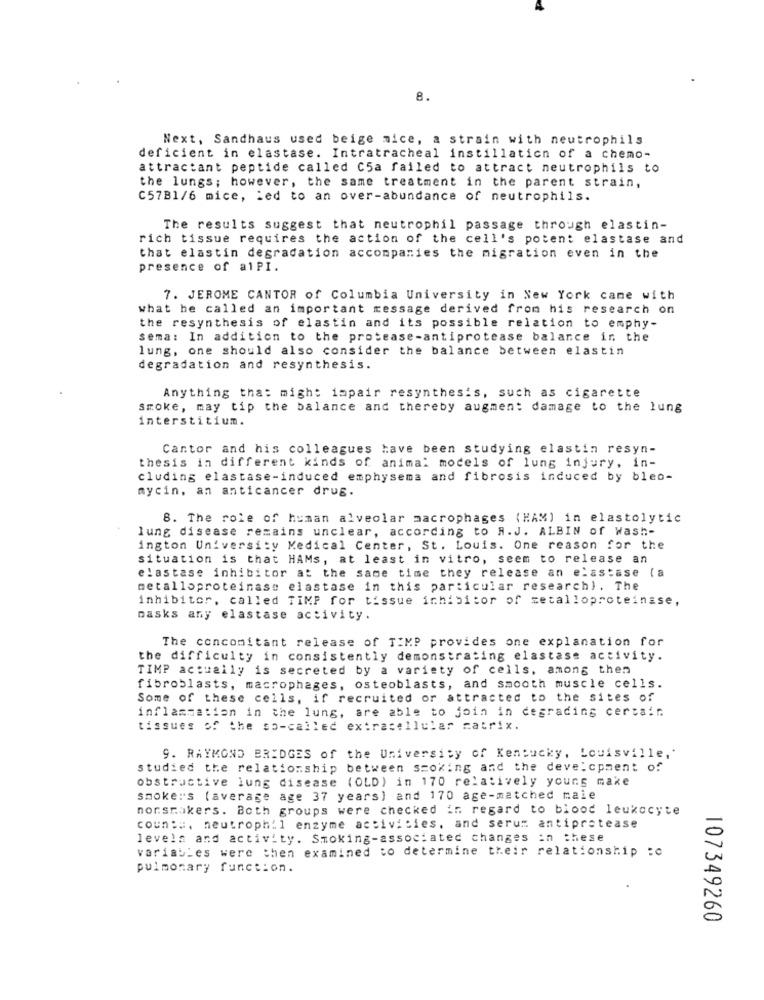
8.
Next, Sandhaus used beige mice, a strain with neutrophils
deficient in elastase. Intratracheal instillation of a chemo-
attractant peptide called C5a failed to attract neutrophils to
the lungs; however, the same treatment in the parent strain,
C57B1/6 mice, Led to an over-abundance of neutrophils.
The results suggest that neutrophil passage through elastin-
rich tissue requires the action of the cell's potent elastase and
that elastin degradation accompanies the migration even in the
presence of alPI.
7. JEROME CANTOR of Columbia University in New York came with
what he called an important message derived from his research on
the resynthesis of elastin and its possible relation to emphy-
sema: In addition to the protease-antiprotease balance in the
lung, one should also consider the balance between elastin
degradation and resynthesis.
Anything that might impair resynthesis, such as cigarette
smoke, may tip the balance and thereby augment damage to the lung
interstitium.
Cantor and his colleagues have been studying elastin resyn-
thesis in different kinds of animal models of lung injury, in-
cluding elastase-induced emphysema and fibrosis induced by bleo-
mycin, an anticancer drug.
8. The role of human alveolar macrophages (HAM) in elastolytic
lung disease remains unclear, according to A.J. ALBIN of Wash-
ington University Medical Center, St. Louis. One reason for the
situation is that HAMs, at least in vitro, seem to release an
elastase inhibitor at the same time they release an elastase ( a
metalloproteinase elastase in this particular research). The
inhibitor, called TiMP for tissue inhibitor of setalloproteinase,
Dasks any elastase activity.
The concomitant release of TIMP provides one explanation for
the difficulty in consistently demonstrating elastase activity.
TIMP actually is secreted by a variety of cells, among then
fibroblasts, macrophages, osteoblasts, and smooth muscle cells.
Some of these cells, if recruited or attracted to the sites of
inflammation in the lung, are able to join in degrading cercair
tissues of the so-called extracellular matrix.
9. RAYMOND BRIDGES of the University of Kentucky, Louisville,"
studied the relationship between ssoking and the development of
obstructive lung disease (OLD) in 170 relatively young make
smoke"s (average age 37 years) and 170 age-matched maie
norsmokers. Both groups were checked in regard to blood leukocyte
coun:#. neutrophil enzyme activities, and serum antipretease
levels and activity. Smoking-associated changes in these
variables were then examined to determine their relationship tc
pulmonary function.
107349260